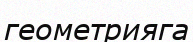
геометрияга